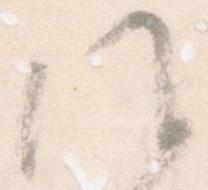
候